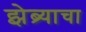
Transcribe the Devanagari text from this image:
झेब्र्याचा